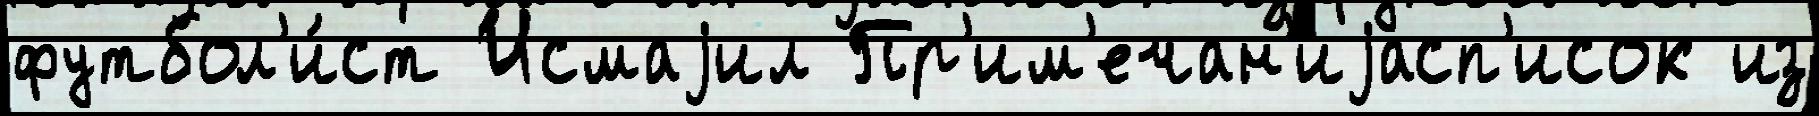
футбол'и́ст Исмаjил Пр'им'ечан'иjасп'исок из